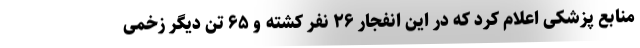
منابع پزشکی اعلام کرد که در این انفجار ۲۶ نفر کشته و ۶۵ تن دیگر زخمی